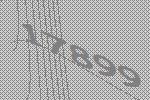
17899